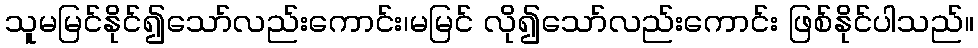
သူမမြင်နိုင်၍သော်လည်းကောင်း၊မမြင် လို၍သော်လည်းကောင်း ဖြစ်နိုင်ပါသည်။